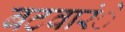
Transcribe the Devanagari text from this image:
बटवारंे